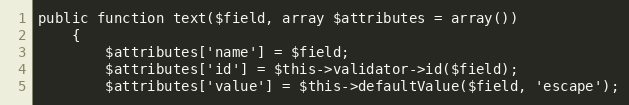
Language: PHP
public function text($field, array $attributes = array())
    {
        $attributes['name'] = $field;
        $attributes['id'] = $this->validator->id($field);
        $attributes['value'] = $this->defaultValue($field, 'escape');